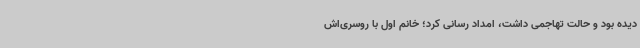
دیده بود و حالت تهاجمی داشت، امداد رسانی کرد؛ خانم اول با روسری‌اش